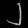
Digit: ၂